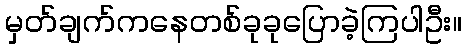
မှတ်ချက်ကနေတစ်ခုခုပြောခဲ့ကြပါဦး။